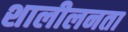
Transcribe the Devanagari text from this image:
शालीलनता